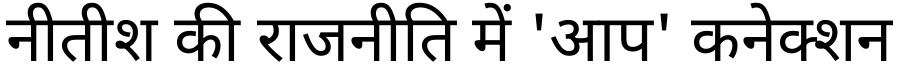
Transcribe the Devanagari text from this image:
नीतीश की राजनीति में 'आप' कनेक्शन